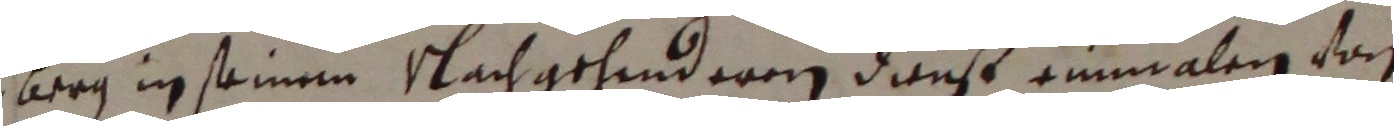
berg in seinem nachgehenderen dienst einmalen von